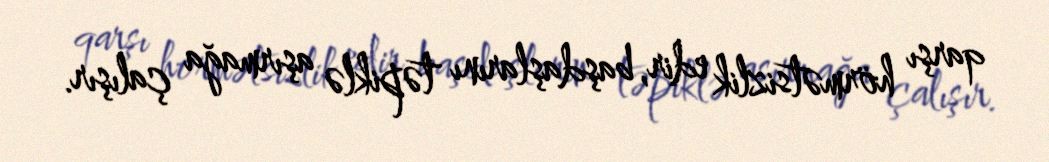
qarşı hörmətsizlik edir, başdaşlarını təpiklə aşırmağa çalışır.